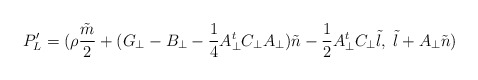
\begin{align*}P^{\prime}_{L} = ({\rho}\frac{\tilde m}{2}+(G_{\bot}-B_{\bot}-\frac{1}{4}A_{\bot}^{t}C_{\bot}A_{\bot}){\tilde n}-\frac{1}{2}A_{\bot}^{t}C_{\bot}{\tilde l},\;{\tilde l}+A_{\bot} {\tilde n})\end{align*}